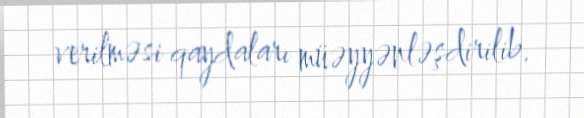
verilməsi qaydaları müəyyənləşdirilib.